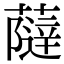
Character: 𧀕